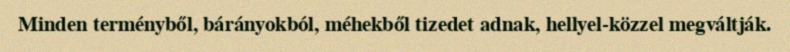
Minden terményből, bárányokból, méhekből tizedet adnak, hellyel-közzel megváltják.